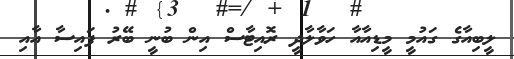
ލީބިއާގެ ގައުމީ މީޑިއާއާ ހަވާލާދީ ރޮއިޓާސް އިން ބުނީ ބޭރު ފައިސާ އާއި